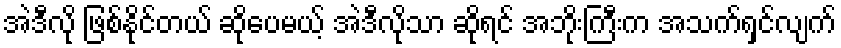
အဲဒီလို ဖြစ်နိုင်တယ် ဆိုပေမယ့် အဲဒီလိုသာ ဆိုရင် အဘိုးကြီးက အသက်ရှင်လျက်